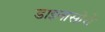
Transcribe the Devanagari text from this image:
डाइनासोरों